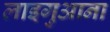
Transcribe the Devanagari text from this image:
लाइगुआना